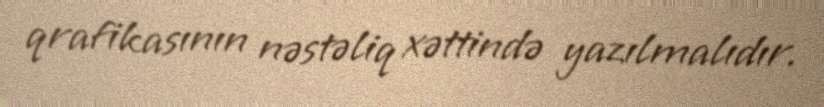
qrafikasının nəstəliq xəttində yazılmalıdır.